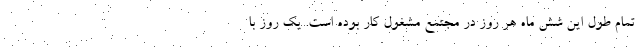
تمام طول این شش ماه هر روز در مجتمع مشغول کار بوده است. یک روز با